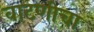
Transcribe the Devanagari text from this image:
वाटणीचा